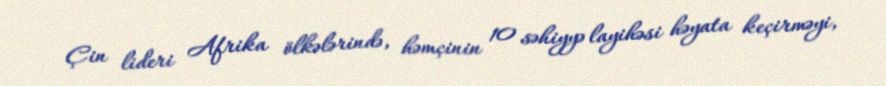
Çin lideri Afrika ölkələrində, həmçinin 10 səhiyyə layihəsi həyata keçirməyi,